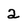
Character: 2